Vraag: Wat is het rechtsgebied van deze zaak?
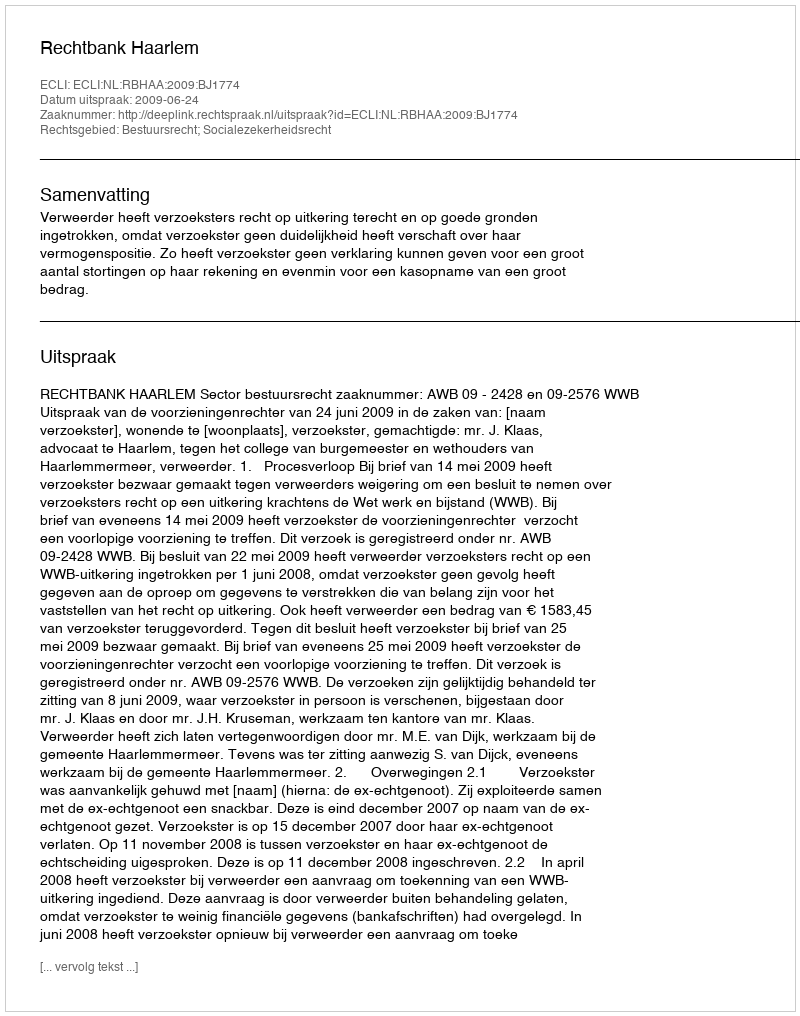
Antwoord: Bestuursrecht; Socialezekerheidsrecht